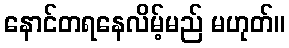
နောင်တရနေလိမ့်မည် မဟုတ်။